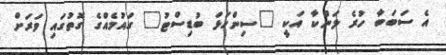
އެ ސަބަބާ ހުރެ ލަންކާ އަކީ "ސިންހަޅަ ބުޑިސްޓު" ގައުމެއްގެ ގޮތުގައި ވަރަށް